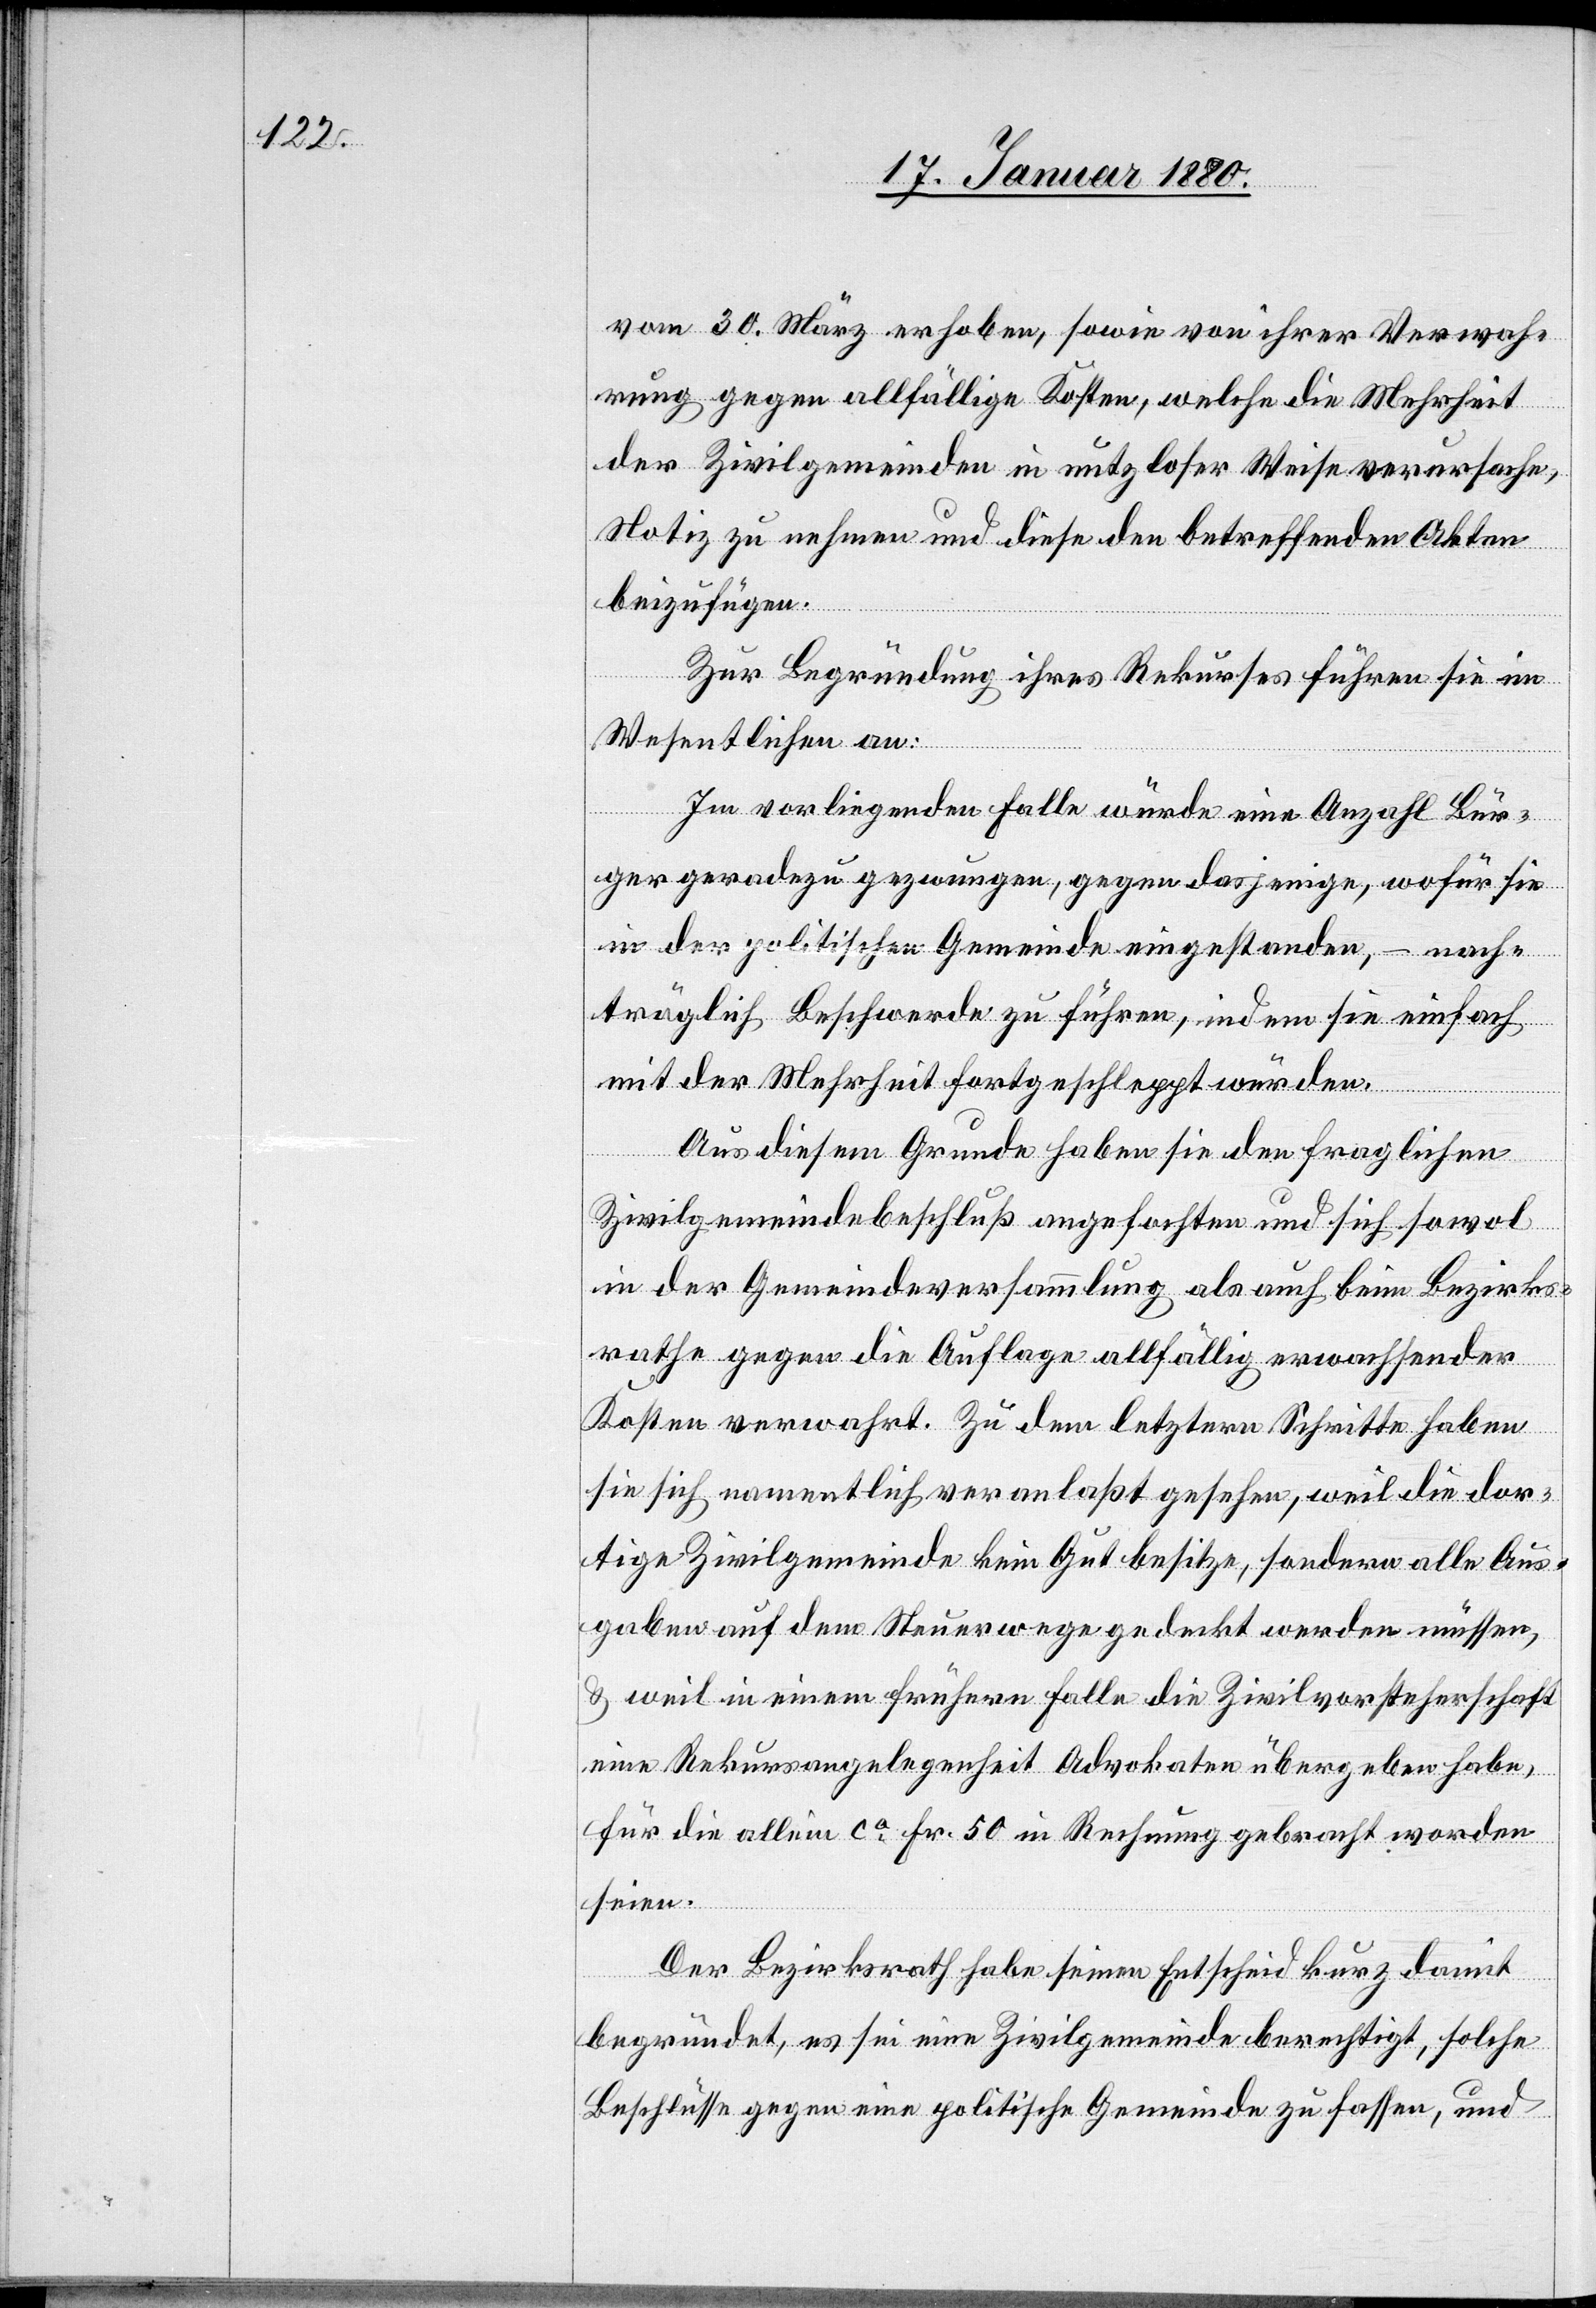
vom 30. März erhoben, sowie von ihrer Verwah¬
rung gegen allfällige Kosten, welche die Mehrheit
der Zivilgemeinde in nutzloser Weise verursache,
Notiz zu nehmen und diese den betreffenden Akten
beizufügen.
Zur Begründung ihres Rekurses führen sie im
Wesentlichen an:
Im vorliegenden Falle würde eine Anzahl Bür¬
ger geradezu gezwungen, gegen dasjenige, wofür sie
in der politischen Gemeinde eingestanden, – nach¬
träglich Beschwerde zu führen, indem sie einfach
mit der Mehrheit fortgeschleppt würden.
Aus diesem Grunde haben sie den fraglichen
Zivilgemeindebeschluß angefochten und sich sowol
in der Gemeindeversammlung als auch beim Bezirks¬
rathe gegen die Auflage allfällig erwachsender
Kosten verwahrt. Zu dem letztern Schritte haben
sie sich namentlich veranlaßt gesehen, weil die dor¬
tige Zivilgemeinde kein Gut besitze, sondern alle Aus¬
gaben auf dem Steuerwege gedeckt werden müssen,
& weil in einem frühern Falle die Zivilvorsteherschaft
eine Rekursangelegenheit Advokaten übergeben habe,
für die allein ca Fr. 50 in Rechnung gebracht worden
seien.
Der Bezirksrath habe seinen Entscheid kurz damit
begründet, es sei eine Zivilgemeinde berechtigt, solche
Beschlüsse gegen eine politische Gemeinde zu fassen, und